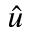
\hat { u }